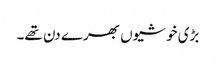
بڑی خوشیوں بھرے دن تھے۔